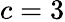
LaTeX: c=3